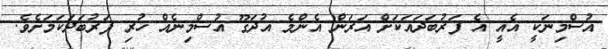
އުސްމިނަކީ އެއީ އެ ފަރުބަދައަކަށް އަރަން އެންމެ އުދަގޫ އުސްމިނެއް ހުރި ފަރުބަދަކަމަށެވެ.